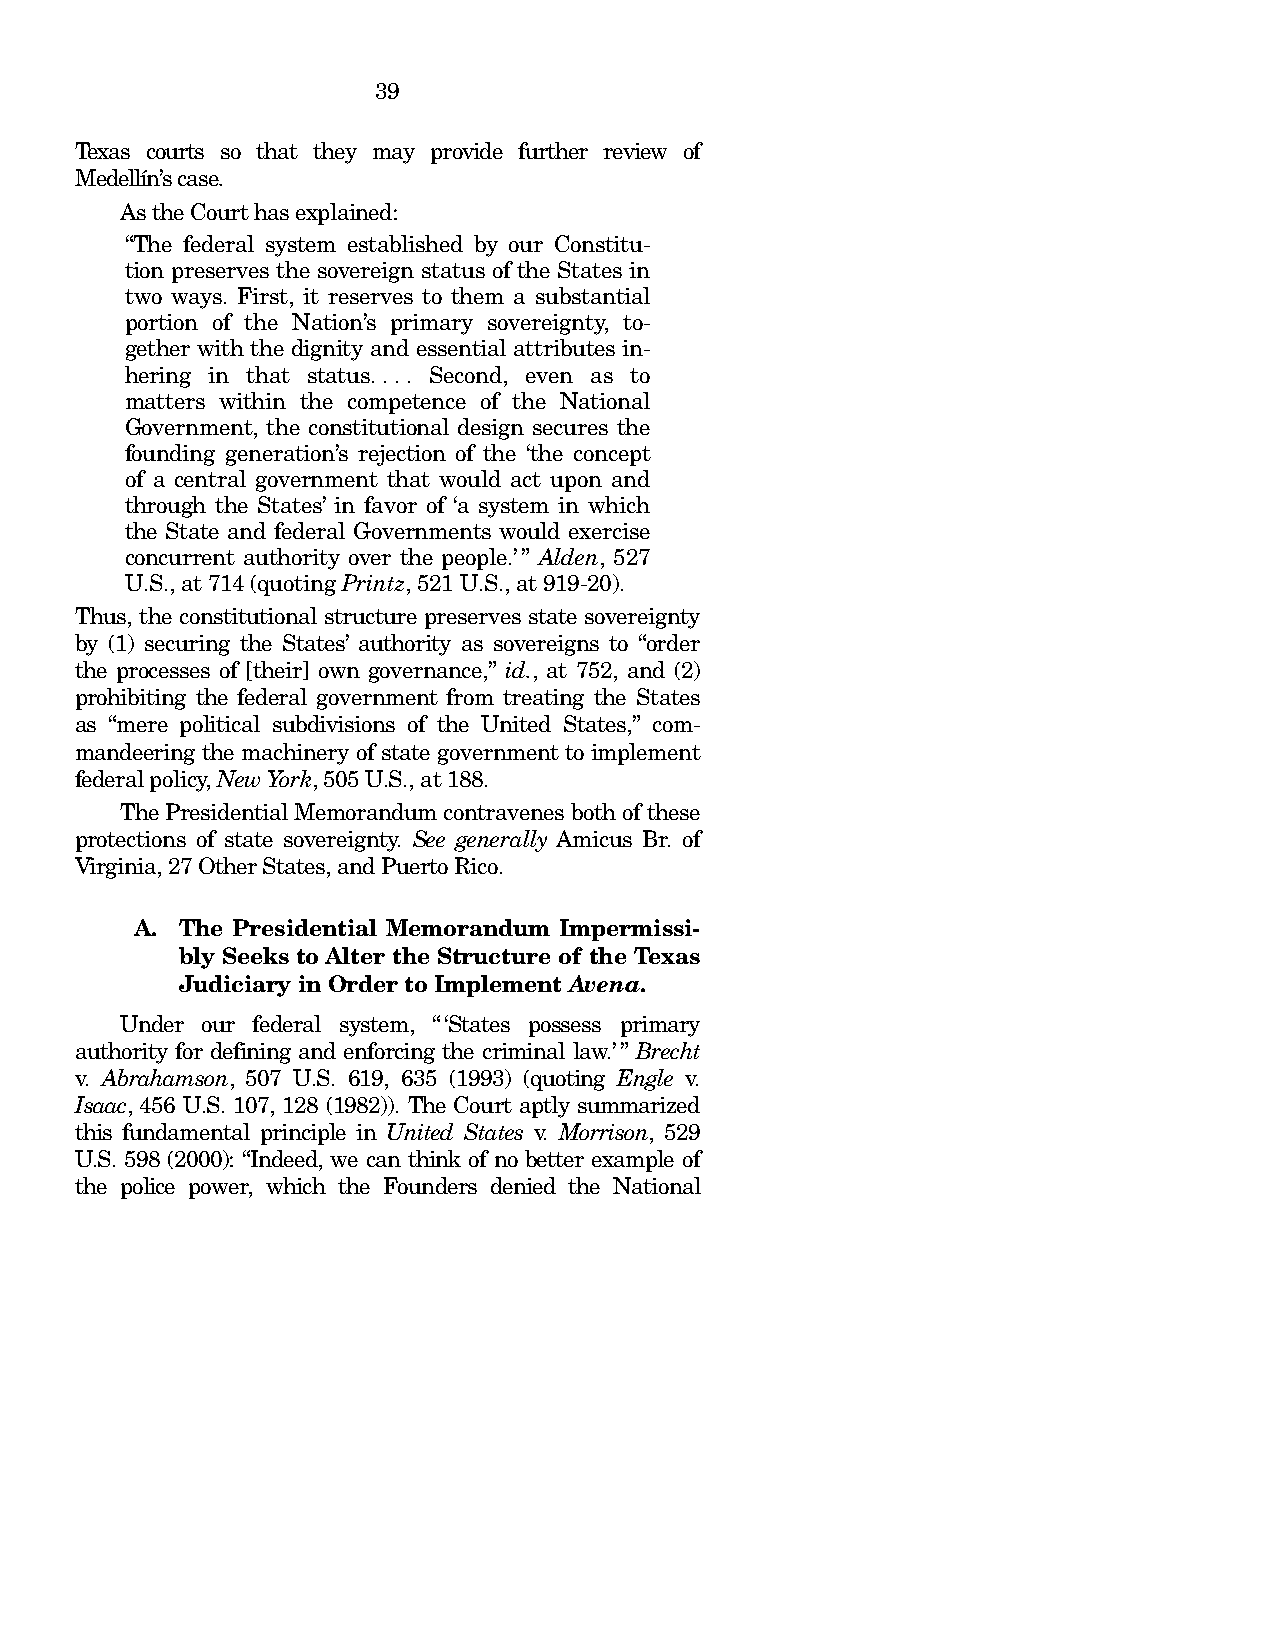
39
 Texas courts so that they may provide further review of
 Medellín’s case.
 As the Court has explained:
 “The federal system established by our Constitu-
 tion preserves the sovereign status of the States in
 two ways. First, it reserves to them a substantial
 portion of the Nation’s primary sovereignty, to-
 gether with the dignity and essential attributes in-
 hering in that status. . . . Second, even as to
 matters within the competence of the National
 Government, the constitutional design secures the
 founding generation’s rejection of the ‘the concept
 of a central government that would act upon and
 through the States’ in favor of ‘a system in which
 the State and federal Governments would exercise
 concurrent authority over the people.’” Alden, 527
 U.S., at 714 (quoting Printz, 521 U.S., at 919-20).
 Thus, the constitutional structure preserves state sovereignty
 by (1) securing the States’ authority as sovereigns to “order
 the processes of [their] own governance,” id., at 752, and (2)
 prohibiting the federal government from treating the States
 as “mere political subdivisions of the United States,” com-
 mandeering the machinery of state government to implement
 federal policy, New York, 505 U.S., at 188.
 The Presidential Memorandum contravenes both of these
 protections of state sovereignty. See generally Amicus Br. of
 Virginia, 27 Other States, and Puerto Rico.
 A. The Presidential Memorandum Impermissi-
 bly Seeks to Alter the Structure of the Texas
 Judiciary in Order to Implement Avena.
 Under our federal system, “‘States possess primary
 authority for defining and enforcing the criminal law.’” Brecht
 v. Abrahamson, 507 U.S. 619, 635 (1993) (quoting Engle v.
 Isaac, 456 U.S. 107, 128 (1982)). The Court aptly summarized
 this fundamental principle in United States v. Morrison, 529
 U.S. 598 (2000): “Indeed, we can think of no better example of
 the police power, which the Founders denied the National